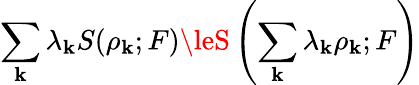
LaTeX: \sum_{\mathbf{k}}\lambda_{\mathbf{k}}S(\rho_{\mathbf{k}};F)\leS\left(\sum_{\mathbf{k}}\lambda_{\mathbf{k}}\rho_{\mathbf{k}};F\right)